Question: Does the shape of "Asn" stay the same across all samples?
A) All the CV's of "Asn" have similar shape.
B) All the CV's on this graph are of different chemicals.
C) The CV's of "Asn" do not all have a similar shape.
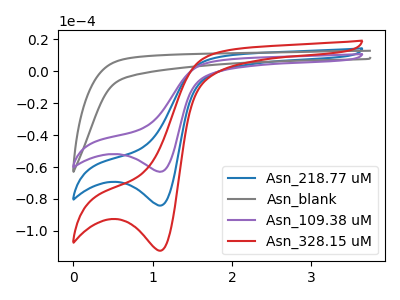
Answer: <think>The blue curve "Asn_218.77 uM" has a cathodic peak at: (1.10V, -84.15uA). The gray curve "Asn_blank" has no peaks. The purple curve "Asn_109.38 uM" has a cathodic peak at: (1.10V, -63.00uA). The red curve "Asn_328.15 uM" has a cathodic peak at: (1.10V, -168.35uA).
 "Asn_218.77 uM" and "Asn_blank" have a different number of peaks. All the peaks in "Asn_218.77 uM" have a peak in "Asn_109.38 uM" at the same potential. Every peak in "Asn_218.77 uM" is higher than every peak in "Asn_109.38 uM". All the peaks in "Asn_218.77 uM" have a peak in "Asn_328.15 uM" at the same potential. Every peak in "Asn_218.77 uM" is lower than every peak in "Asn_328.15 uM". "Asn_blank" and "Asn_109.38 uM" have a different number of peaks. "Asn_blank" and "Asn_328.15 uM" have a different number of peaks. All the peaks in "Asn_109.38 uM" have a peak in "Asn_328.15 uM" at the same potential. Every peak in "Asn_109.38 uM" is lower than every peak in "Asn_328.15 uM".</think>
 <answer>A) All the CV's of "Asn" have similar shape.</answer>
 <eval>A</eval>